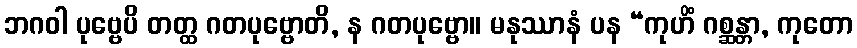
ဘဂဝါ ပုဗ္ဗေပိ တတ္ထ ဂတပုဗ္ဗောတိ, န ဂတပုဗ္ဗော။ မနုဿာနံ ပန “ကုဟိံ ဂစ္ဆန္တာ, ကုတော